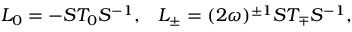
{ \cal L } _ { 0 } = - { \cal S } { \cal T } _ { 0 } { \cal S } ^ { - 1 } , \; \; \; { \cal L } _ { \pm } = ( 2 \omega ) ^ { \pm 1 } { \cal S } { \cal T } _ { \mp } { \cal S } ^ { - 1 } ,